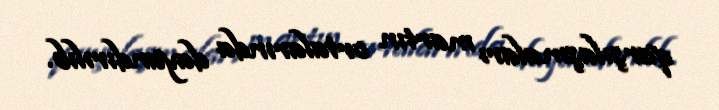
qarşılaşmaları martın ortalarında dayandırılıb.